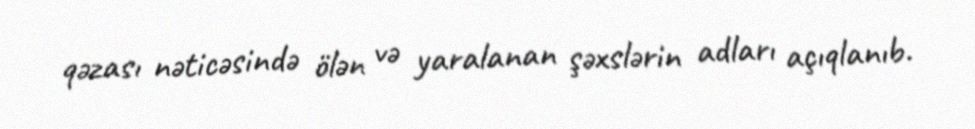
qəzası nəticəsində ölən və yaralanan şəxslərin adları açıqlanıb.